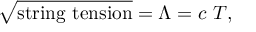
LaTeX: \sqrt { \mathrm { s t r i n g ~ t e n s i o n } } = \Lambda = c ~ T ,